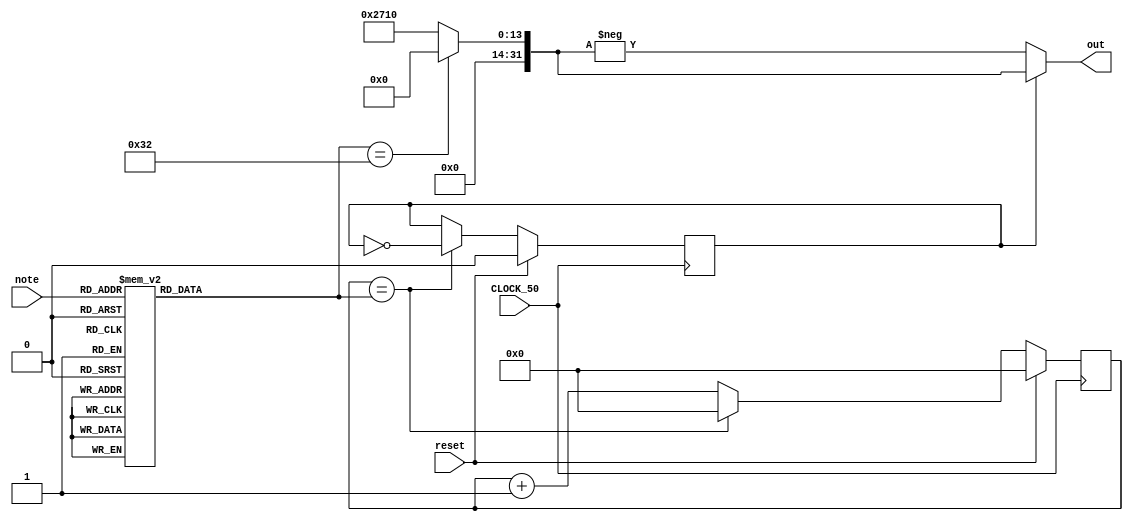
module harm1(
	input 					CLOCK_50,
	input 					reset,
	input 			[5:0] note,
	output 			[31:0] out
);



	reg [19:0] HALF_WAVELENGTH;
	reg [31:0] AMPLITUDE;
	
	always @(note) begin
		case(note)
			//0: HALF_WAVELENGTH = 20'd151_690;
			 0: HALF_WAVELENGTH = 20'd152_439;//E
			 1: HALF_WAVELENGTH = 20'd152_439;//E
			 2: HALF_WAVELENGTH = 20'd50;
			 3: HALF_WAVELENGTH = 20'd171_233; //D
			 4: HALF_WAVELENGTH = 20'd171_233; //D
			 5: HALF_WAVELENGTH = 20'd50;
			 6: HALF_WAVELENGTH = 20'd192_308; //C
			 7: HALF_WAVELENGTH = 20'd192_308; //C
			 8: HALF_WAVELENGTH = 20'd192_308; //C
			 9: HALF_WAVELENGTH = 20'd192_308; //C
			10: HALF_WAVELENGTH = 20'd50;
			11: HALF_WAVELENGTH = 20'd152_439;//E
			12: HALF_WAVELENGTH = 20'd152_439;//E
			13: HALF_WAVELENGTH = 20'd50;
			14: HALF_WAVELENGTH = 20'd171_233; //D
			15: HALF_WAVELENGTH = 20'd171_233; //D
			16: HALF_WAVELENGTH = 20'd50;
			17: HALF_WAVELENGTH = 20'd192_308; //C
			18: HALF_WAVELENGTH = 20'd192_308; //C
			19: HALF_WAVELENGTH = 20'd192_308; //C
			20: HALF_WAVELENGTH = 20'd192_308; //C
			21: HALF_WAVELENGTH = 20'd50;
			22: HALF_WAVELENGTH = 20'd192_308; //C
			23: HALF_WAVELENGTH = 20'd50;
			24: HALF_WAVELENGTH = 20'd192_308; //C
			25: HALF_WAVELENGTH = 20'd50;
			26: HALF_WAVELENGTH = 20'd192_308; //C
			27: HALF_WAVELENGTH = 20'd50;
			28: HALF_WAVELENGTH = 20'd192_308; //C
			29: HALF_WAVELENGTH = 20'd50;
			30: HALF_WAVELENGTH = 20'd171_233; //D
			31: HALF_WAVELENGTH = 20'd50;
			32: HALF_WAVELENGTH = 20'd171_233; //D
			33: HALF_WAVELENGTH = 20'd50;
			34: HALF_WAVELENGTH = 20'd171_233; //D
			35: HALF_WAVELENGTH = 20'd50;
			36: HALF_WAVELENGTH = 20'd171_233; //D
			37: HALF_WAVELENGTH = 20'd50;
			38: HALF_WAVELENGTH = 20'd152_439;//E
			39: HALF_WAVELENGTH = 20'd152_439;//E
			40: HALF_WAVELENGTH = 20'd50;
			41: HALF_WAVELENGTH = 20'd171_233; //D
			42: HALF_WAVELENGTH = 20'd171_233; //D
			43: HALF_WAVELENGTH = 20'd50;
			44: HALF_WAVELENGTH = 20'd192_308; //C
			45: HALF_WAVELENGTH = 20'd192_308; //C
			44: HALF_WAVELENGTH = 20'd192_308; //C
			45: HALF_WAVELENGTH = 20'd192_308; //C
			46: HALF_WAVELENGTH = 20'd50;
			default HALF_WAVELENGTH = 20'd50;
		endcase
		
		if (HALF_WAVELENGTH == 20'd50)
			AMPLITUDE = 0;
		else
			AMPLITUDE = 32'd10_000;	
	end
	
	
	reg [19:0] count = 0;
	reg		  phase = 0;
	
	always @(posedge CLOCK_50)
		if (reset) begin
			count <= 0;
			phase <= 0;
		end
		else if (count == HALF_WAVELENGTH) begin
			count <= 0;
			phase <= ~phase;
		end
		else begin
			count <= count + 1;
		end
		
		assign out = phase ? AMPLITUDE : -AMPLITUDE;
		
endmodule